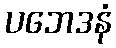
ပဘေဒနံ